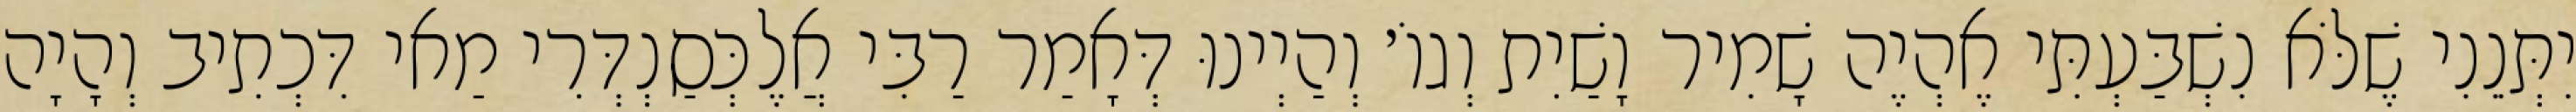
יִתְּנֵנִי שֶׁלֹּא נִשְׁבַּעְתִּי אֶהְיֶה שָׁמִיר וָשַׁיִת וְגוֹ׳ וְהַיְינוּ דְּאָמַר רַבִּי אֲלֶכְּסַנְדְּרִי מַאי דִּכְתִיב וְהָיָה